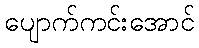
ပျောက်ကင်းအောင်